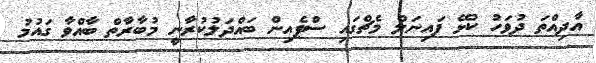
އާދިއްތަ ދުވަހު ކުޅޭ ފައިނަލް މެޗްގައި ސްޕެއިން ބައްދަލުކުރާނީ މުބާރާތް ބާއްވާ ގައުމު